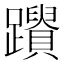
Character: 𨇚